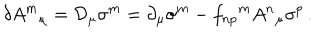
LaTeX: \delta A ^ { m } { } _ { \mu } = { \cal D } _ { \mu } \sigma ^ { m } = \partial _ { \mu } \sigma ^ { m } - f _ { n p } { } ^ { m } A ^ { n } { } _ { \mu } \sigma ^ { p } \, .